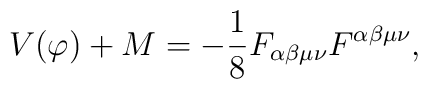
V(\varphi)+M=-\frac{1}{8}F_{\alpha\beta\mu\nu}F^{\alpha\beta\mu\nu},